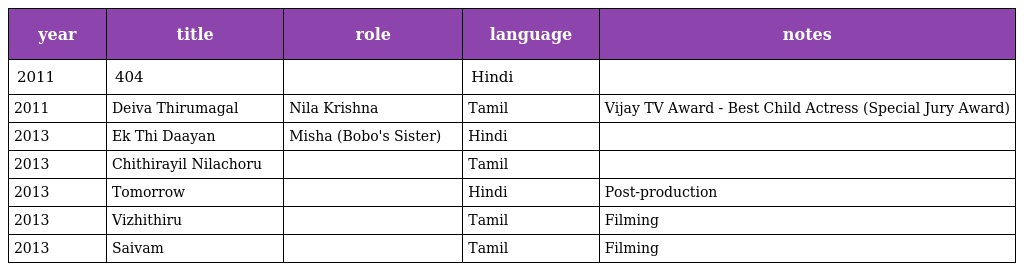
| year | title | role | language | notes |
 | --- | --- | --- | --- | --- |
 | 2011 | 404 |  | Hindi |  |
 | 2011 | Deiva Thirumagal | Nila Krishna | Tamil | Vijay TV Award - Best Child Actress (Special Jury Award) |
 | 2013 | Ek Thi Daayan | Misha (Bobo's Sister) | Hindi |  |
 | 2013 | Chithirayil Nilachoru |  | Tamil |  |
 | 2013 | Tomorrow |  | Hindi | Post-production |
 | 2013 | Vizhithiru |  | Tamil | Filming |
 | 2013 | Saivam |  | Tamil | Filming |